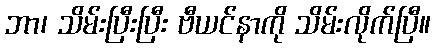
ဘာ၊ သိမ်းပြီးပြီး ဗီယင်နာကို သိမ်းလိုက်ပြီ။